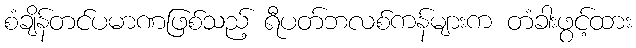
စံချိန်တင်ပမာဏဖြစ်သည့် ရီပတ်ဘလစ်ကန်များက တံခါးဖွင့်ထား